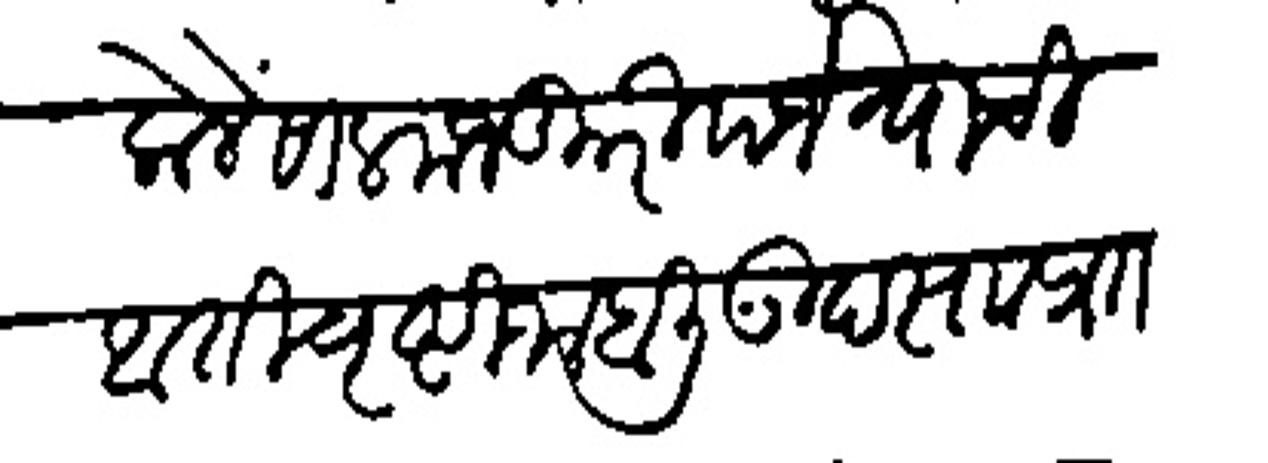
Transliteration (Devanagari): केले साल मजकुरी पर्जन्याची आतिवृष्टी जाहाली गुदस्ताप्राा